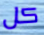
كل